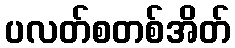
ပလတ်စတစ်အိတ်